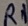
Text: R1